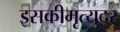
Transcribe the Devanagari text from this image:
इसकीमृत्युदर